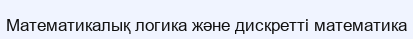
Математикалық логика және дискретті математика